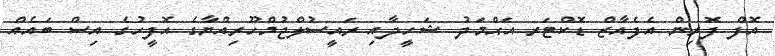
އޮފް ފޮރިން އެފެއާޒް ޑޮކްޓަރ އަޙްމަދު ޝަހީދާއި ރައީސުލްޖުމްހޫރިއްޔާގެ އޮފީހުގެ އިސް ބައެއް